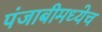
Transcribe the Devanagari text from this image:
पंजाबीमध्येच